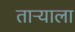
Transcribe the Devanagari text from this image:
ताऱ्‍याला